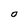
Character: O